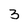
Character: 3